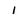
Character: 1